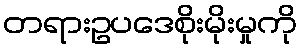
တရားဥပဒေစိုးမိုးမှုကို